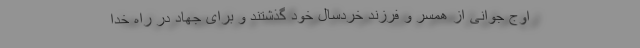
اوج جوانی از همسر و فرزند خردسال خود گذشتند و برای جهاد در راه خدا